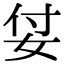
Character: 姇